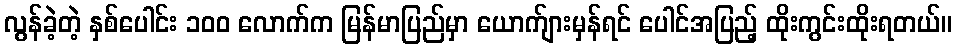
လွန်ခဲ့တဲ့ နှစ်ပေါင်း ၁၀၀ လောက်က မြန်မာပြည်မှာ ယောက်ျားမှန်ရင် ပေါင်အပြည့် ထိုးကွင်းထိုးရတယ်။